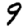
Digit: 9